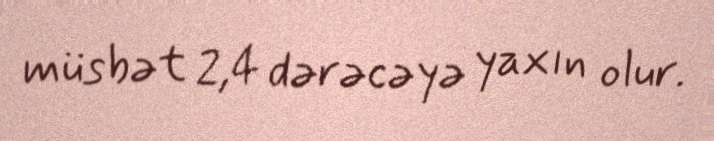
müsbət 2,4 dərəcəyə yaxın olur.